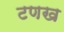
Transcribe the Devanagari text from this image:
टणख